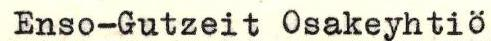
Enso-Gutzeit Osakeyhtiö